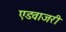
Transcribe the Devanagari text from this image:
एडवाजरी